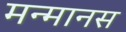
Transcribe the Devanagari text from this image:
मन्मानस